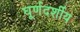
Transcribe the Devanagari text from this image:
घूर्णदर्शीय